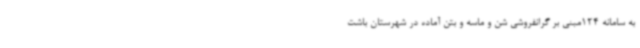
به سامانه 124مبنی بر گرانفروشی شن و ماسه و بتن آماده در شهرستان باشت